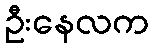
ဦးနေလက